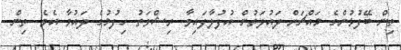
ތިން ބޭފުޅުންގެ މައްޗަށް ދައުލަތުން އުފުލާފައިވާ ރިޝްވަތު ހިފުމުގެ ދައުވާ އެވެ. ތިން